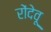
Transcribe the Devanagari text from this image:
रोंदेवू